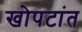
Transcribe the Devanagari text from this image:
खोपटांत